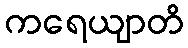
ကရေယျာတိ